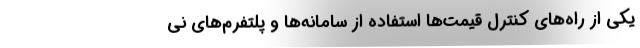
یکی از راه‌های کنترل قیمت‌ها استفاده از سامانه‌ها و پلتفرم‌های نی